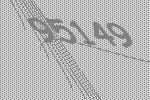
95149